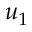
u _ { 1 }